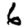
Digit: 6